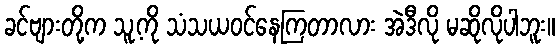
ခင်ဗျားတို့က သူ့ကို သံသယဝင်နေကြတာလား အဲဒီလို မဆိုလိုပါဘူး။